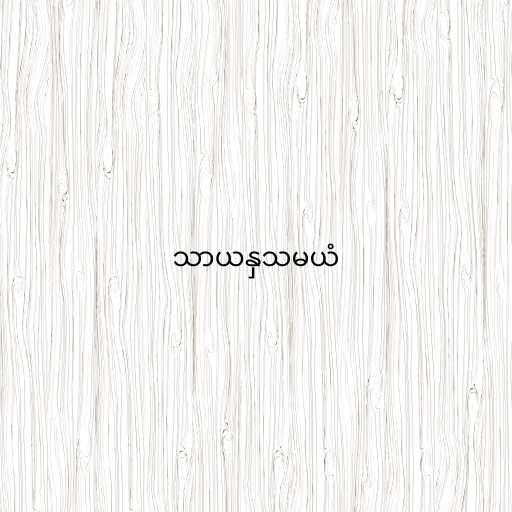
သာယနှသမယံ